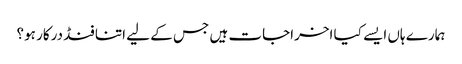
ہمارے ہاں ایسے کیا اخراجات ہیں جس کے لیے اتنا فنڈ درکار ہو؟